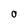
Character: O